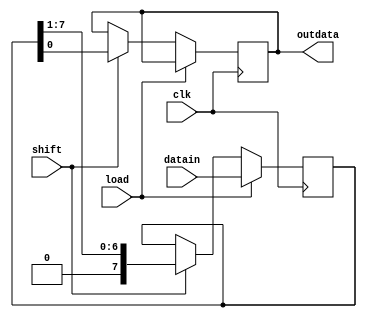
`timescale 1ns / 1ps
module piso(input[7:0] datain,input shift,load,clk,output reg outdata);
reg[7:0] intFF;


always@(posedge clk)
begin

if(load)
intFF<=datain;
else if(shift) 
begin
outdata<=intFF[0];
intFF<=intFF>>1;
end 
end
endmodule